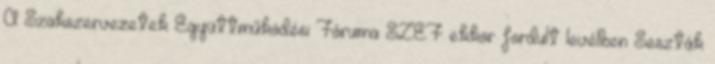
A Szakszervezetek Együttműködési Fóruma SZEF ekkor fordult levélben Seszták